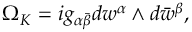
\Omega _ { K } = i g _ { \alpha \bar { \beta } } d w ^ { \alpha } \wedge d \bar { w } ^ { \beta } ,